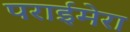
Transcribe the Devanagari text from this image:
पराईमेरा